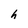
Character: h